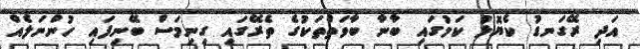
އަދި ރޭގަނޑު ކެޔޮޅު ކަމުގައި ބާނާ ބާވަތްތަކުގެ ތެރޭގައި ގިނިމަސް ބޭނިފައި ހުންނަލެއް